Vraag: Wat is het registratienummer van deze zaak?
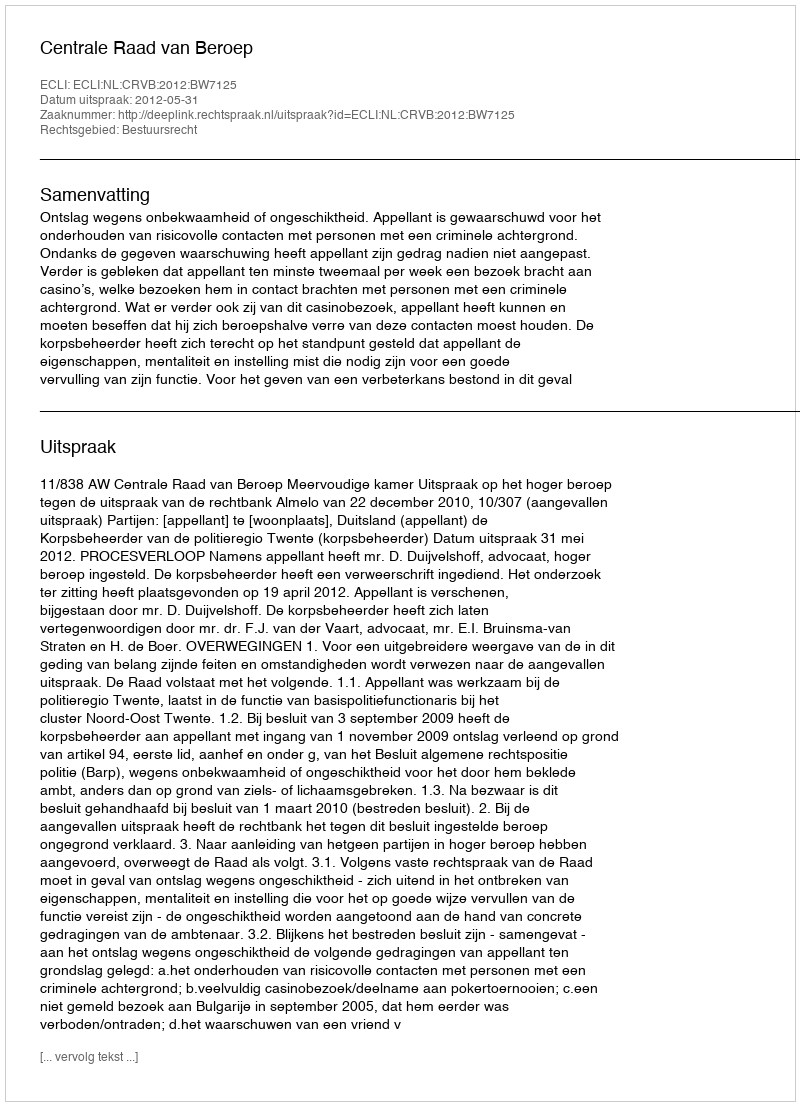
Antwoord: http://deeplink.rechtspraak.nl/uitspraak?id=ECLI:NL:CRVB:2012:BW7125